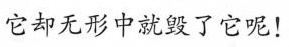
它却无形中洗毁了它呢!